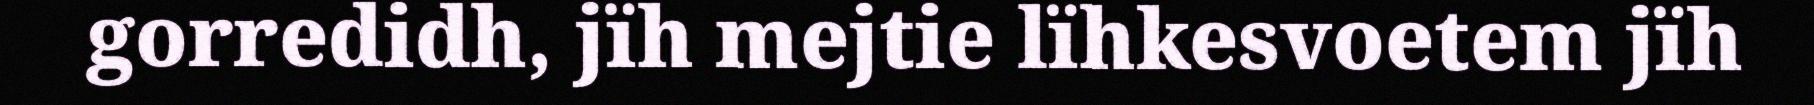
gorredidh, jïh mejtie lïhkesvoetem jïh